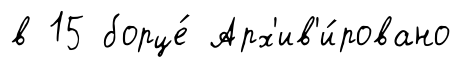
в 15 борце́ Арх'ив'и́ровано